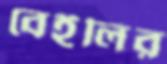
বেইলির